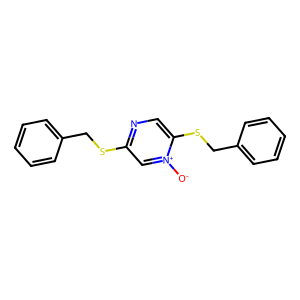
SMILES: [O-][n+]1cc(SCc2ccccc2)ncc1SCc1ccccc1
Inhibits HIV replication: No